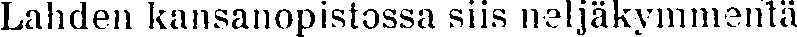
Lahden kansanopistossa siis neljäkymmentä